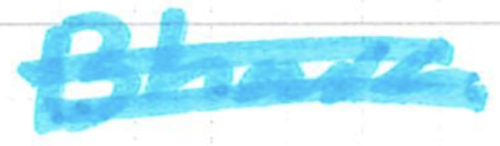
Text: Bhave
Cross-out: double-line
Writing tool: marker